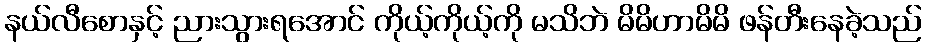
နယ်လီစောနှင့် ညားသွားရအောင် ကိုယ့်ကိုယ့်ကို မသိဘဲ မိမိဟာမိမိ ဖန်တီးနေခဲ့သည်